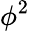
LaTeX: \phi^{2}